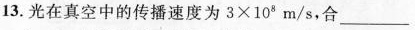
13.光在真空中的传播速度为3 \times 10^{8}m/s，合___